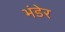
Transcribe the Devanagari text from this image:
भंडेर